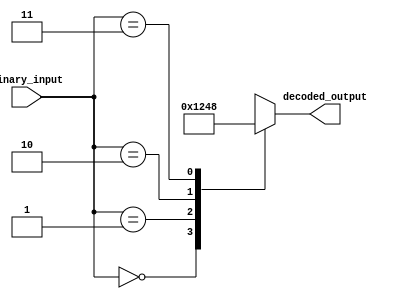
module decoder_2to4(input [1:0] binary_input,
                    output reg [3:0] decoded_output);

always @(*)
begin
    case (binary_input)
        2'b00: decoded_output = 4'b0001;
        2'b01: decoded_output = 4'b0010;
        2'b10: decoded_output = 4'b0100;
        2'b11: decoded_output = 4'b1000;
    endcase
end

endmodule